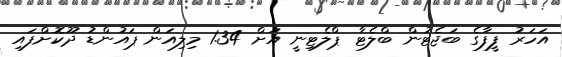
އަހަރު ފީފާގެ ބަޖެޓުން ބްލެޓާ ޕްލެޓިނީ އަށް 1.34 މިލިއަން ޕައުންޑު ދޫކޮށްފައި